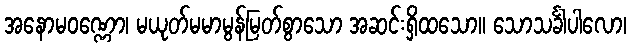
အနောမဝဏ္ဏော၊ မယုတ်မမာမွန်မြတ်စွာသော အဆင်းရှိထသော။ သောသင်္ခါပါလော၊